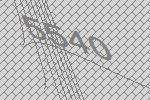
5540